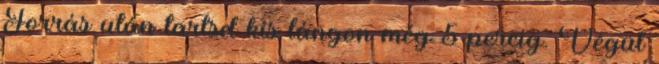
Forrás után tartsd kis lángon még 5 percig. Végül